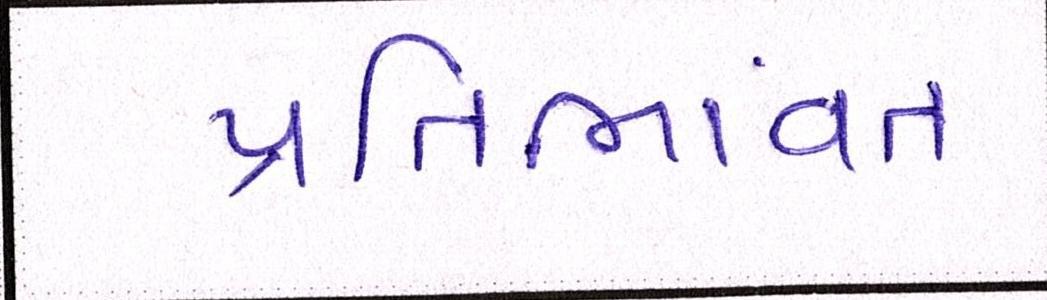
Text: પ્રતિભાવંત